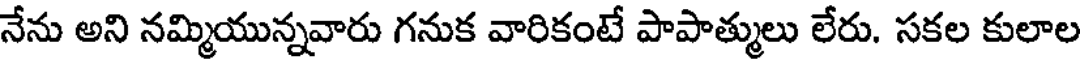
నేను అని నమ్మియున్నవారు గనుక వారికంటే పాపాత్ములు లేరు. సకల కులాల